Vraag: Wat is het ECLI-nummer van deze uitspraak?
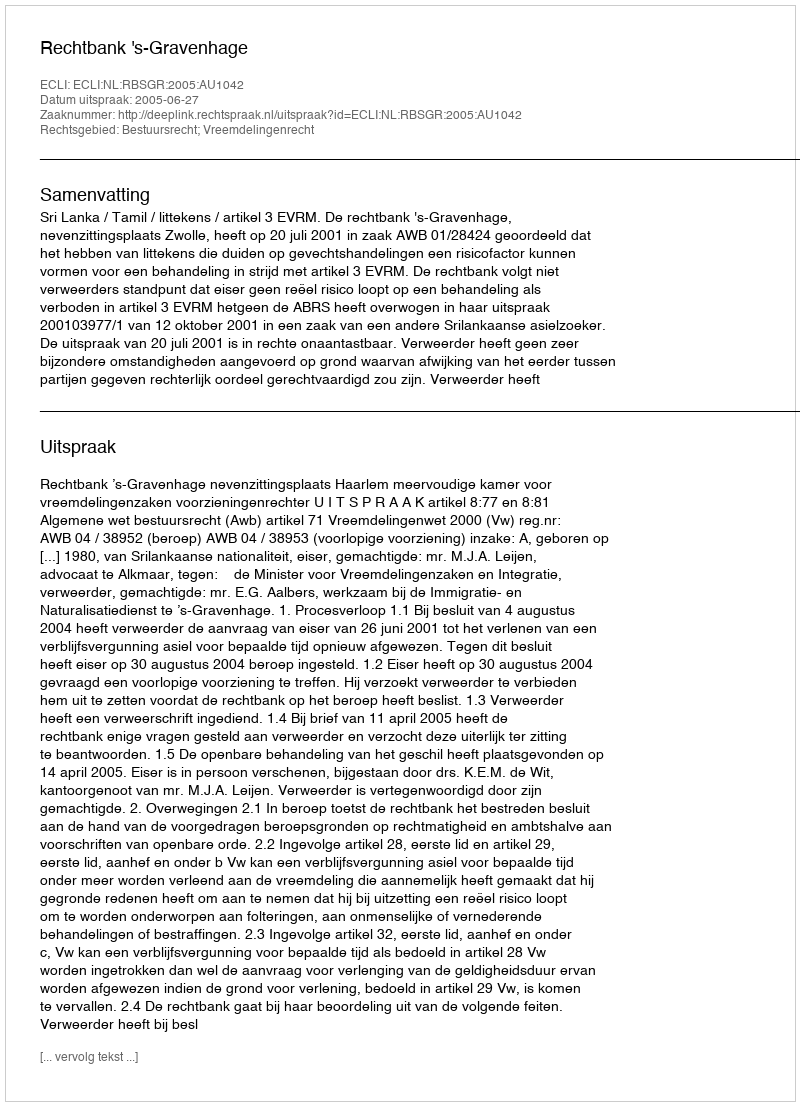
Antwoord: ECLI:NL:RBSGR:2005:AU1042